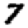
Digit: 7